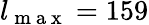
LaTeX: l_{\mathrm{~m~a~x~}}=159